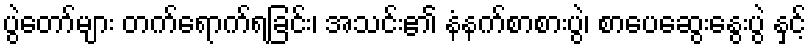
ပွဲတော်များ တက်ရောက်ရခြင်း၊ အသင်း၏ နံနက်စာစားပွဲ၊ စာပေဆွေးနွေးပွဲ နှင့်